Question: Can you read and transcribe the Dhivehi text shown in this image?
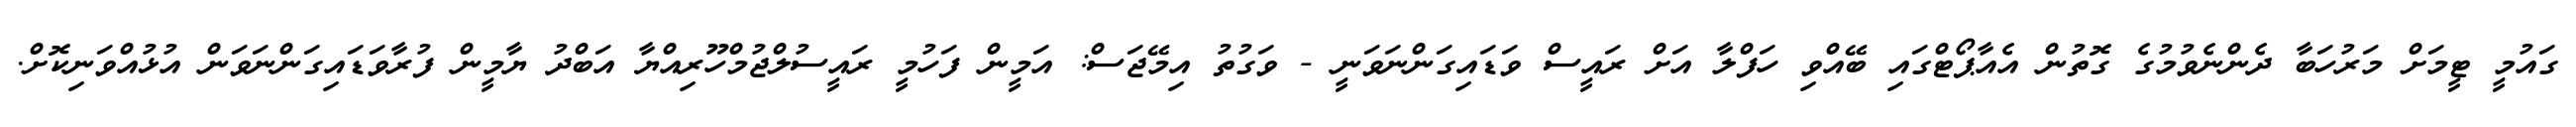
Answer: ގައުމީ ޓީމަށް މަރުހަބާ ދެންނެވުމުގެ ގޮތުން އެއާޕޯޓްގައި ބޭއްވި ހަފްލާ އަށް ރައީސް ވަޑައިގަންނަވަނީ - ވަގުތު އިމޭޖަސް: އަމީން ފަހުމީ ރައީސުލްޖުމްހޫރިއްޔާ އަބްދު ޔާމީން ފުރާވަޑައިގަންނަވަން އުޅުއްވަނިކޮށް.